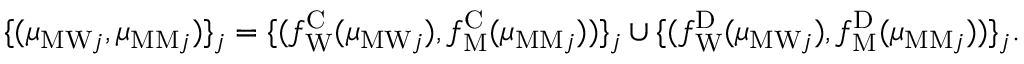
\begin{array} { r } { \{ ( \mu _ { \mathrm { M W } j } , \mu _ { \mathrm { M M } j } ) \} _ { j } = \{ ( f _ { \mathrm { W } } ^ { \mathrm { C } } ( \mu _ { \mathrm { M W } j } ) , f _ { \mathrm { M } } ^ { \mathrm { C } } ( \mu _ { \mathrm { M M } j } ) ) \} _ { j } \cup \{ ( f _ { \mathrm { W } } ^ { \mathrm { D } } ( \mu _ { \mathrm { M W } j } ) , f _ { \mathrm { M } } ^ { \mathrm { D } } ( \mu _ { \mathrm { M M } j } ) ) \} _ { j } . } \end{array}